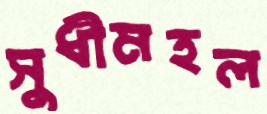
সুধীমহল